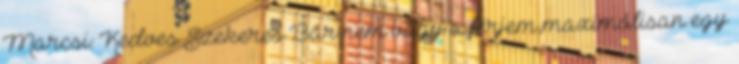
Marcsi: Kedves Szekeres Bár nem vagy a férjem,maximálisan egy